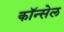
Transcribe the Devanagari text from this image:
कॉन्सेल